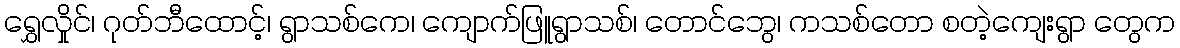
ရွှေလှိုင်၊ ဂုတ်ဘီထောင့်၊ ရွာသစ်ကေ၊ ကျောက်ဖြူရွာသစ်၊ တောင်ဘွေ၊ ကသစ်တော စတဲ့ကျေးရွာ တွေက